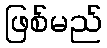
ဖြစ်မည်